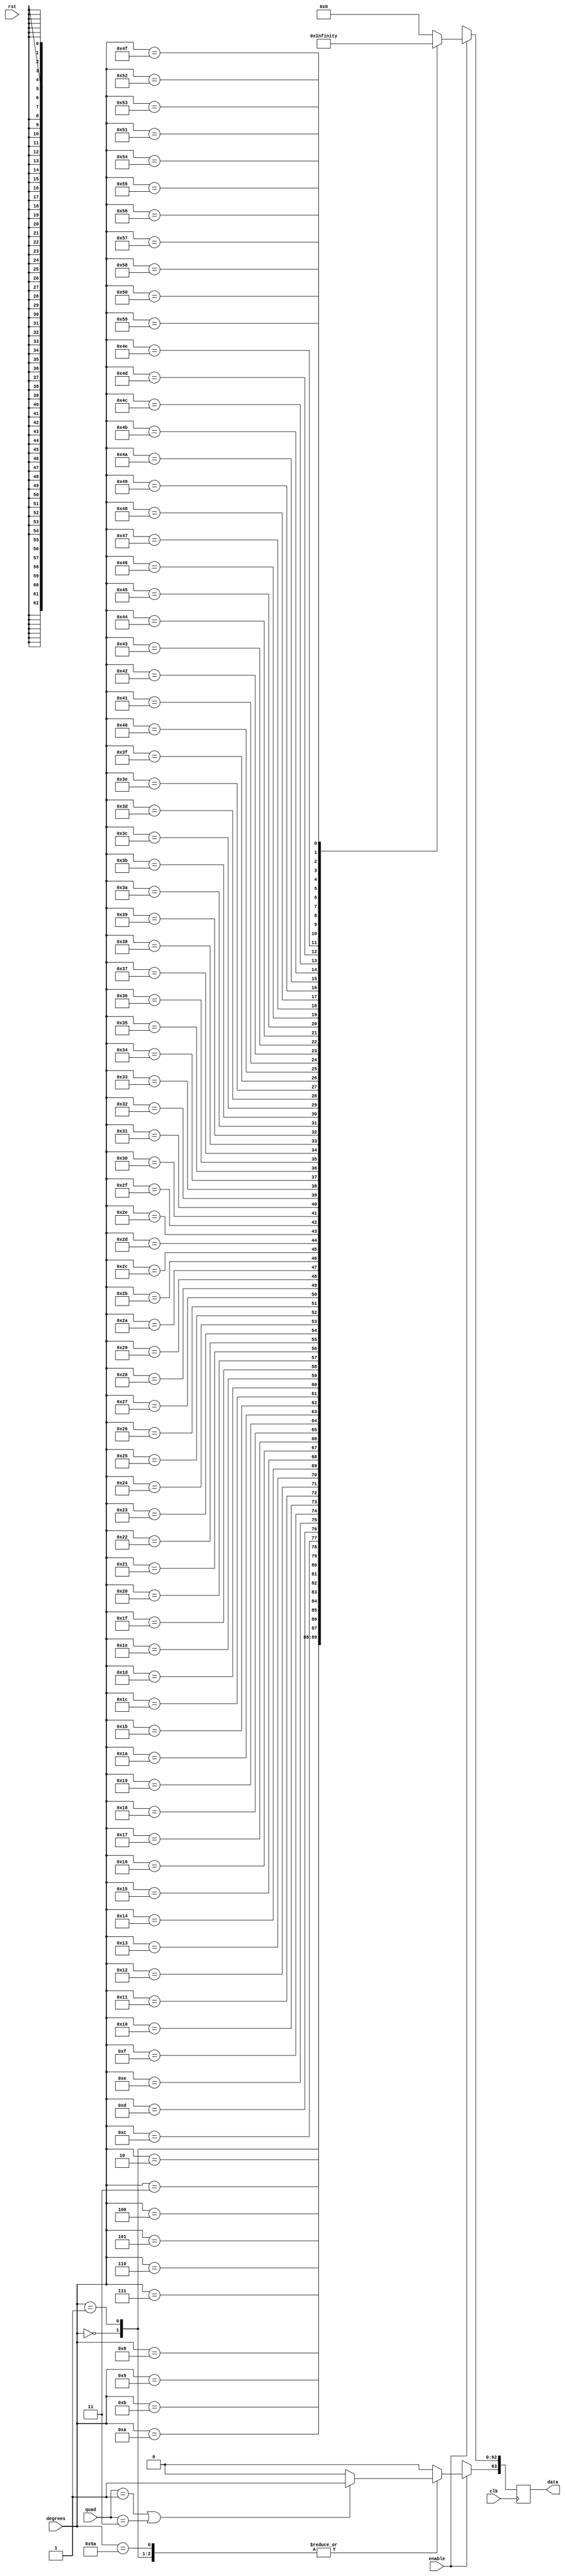
`define INPUT_WIDTH 32
`define INPUT_WIDTH 32
`define INPUT_WIDTH 32
`define INPUT_WIDTH 32
`define INPUT_WIDTH 32
`define INPUT_WIDTH 32
`define INPUT_WIDTH 32
`define INPUT_WIDTH 32

module cotangent_lut (quad, enable, degrees, data, rst, clk);

input [1:0] quad;
input enable;
input rst;
input [`INPUT_WIDTH-1:0] degrees ;
input clk;

//////////////inputs/////////////////

output reg [63:0] data;

//////////////output/////////////////

always@(posedge clk )

// needs to be positive in first and third quadrants

 begin
        if (quad == 2'b01 || quad == 2'b11)
        begin
        data[63] <= 1'b1;
        end

        else
        begin
        data[63] <= 1'b0;
        end
   

	
	if(enable)
	case (degrees)
	  
//look up table

`INPUT_WIDTH'd0  : data[62:0] <= 64'h7ff0000000000000;
`INPUT_WIDTH'd1  : data[62:0] <= 64'h404ca51d76749a71;
`INPUT_WIDTH'd2  : data[62:0] <= 64'h403ca2e17ec2185c;
`INPUT_WIDTH'd3  : data[62:0] <= 64'h403314c55fbc4c67;
`INPUT_WIDTH'd4  : data[62:0] <= 64'h402c99f0ed772d4c;
`INPUT_WIDTH'd5  : data[62:0] <= 64'h4026dc2fd0bfdbe2;
`INPUT_WIDTH'd6  : data[62:0] <= 64'h4023075ac71a38c7;
`INPUT_WIDTH'd7  : data[62:0] <= 64'h402049e7c666e3fe;
`INPUT_WIDTH'd8  : data[62:0] <= 64'h401c76237b025ae8;
`INPUT_WIDTH'd9  : data[62:0] <= 64'h4019414813ba662c;
`INPUT_WIDTH'd10 : data[62:0] <= 64'h4016af648056a136;
`INPUT_WIDTH'd11 : data[62:0] <= 64'h40149405f7cc644c;
`INPUT_WIDTH'd12 : data[62:0] <= 64'h4012d18a8e2ff28c;
`INPUT_WIDTH'd13 : data[62:0] <= 64'h4011536e695dda95;
`INPUT_WIDTH'd14 : data[62:0] <= 64'h40100b0a2833d3c4;
`INPUT_WIDTH'd15 : data[62:0] <= 64'h400ddb3d742c2656;
`INPUT_WIDTH'd16 : data[62:0] <= 64'h400be6398b3f2869;
`INPUT_WIDTH'd17 : data[62:0] <= 64'h400a2ab4c713671e;
`INPUT_WIDTH'd18 : data[62:0] <= 64'h40089f188bdcd7b0;
`INPUT_WIDTH'd19 : data[62:0] <= 64'h40073bd2e9a270e0;
`INPUT_WIDTH'd20 : data[62:0] <= 64'h4005fad570f872d9;
`INPUT_WIDTH'd21 : data[62:0] <= 64'h4004d738ef803784;
`INPUT_WIDTH'd22 : data[62:0] <= 64'h4003ccfa561175d6;
`INPUT_WIDTH'd23 : data[62:0] <= 64'h4002d8c9200b5686;
`INPUT_WIDTH'd24 : data[62:0] <= 64'h4001f7e220cc4172;
`INPUT_WIDTH'd25 : data[62:0] <= 64'h400127f33e8d12e5;
`INPUT_WIDTH'd26 : data[62:0] <= 64'h40006705b35391e8;
`INPUT_WIDTH'd27 : data[62:0] <= 64'h3fff66da45fee3f1;
`INPUT_WIDTH'd28 : data[62:0] <= 64'h3ffe1774a2562593;
`INPUT_WIDTH'd29 : data[62:0] <= 64'h3ffcdd612dd501f4;
`INPUT_WIDTH'd30 : data[62:0] <= 64'h3ffbb67ae8584cab;
`INPUT_WIDTH'd31 : data[62:0] <= 64'h3ffaa0e385c196ab;
`INPUT_WIDTH'd32 : data[62:0] <= 64'h3ff99af8610e4105;
`INPUT_WIDTH'd33 : data[62:0] <= 64'h3ff8a34971bd7010;
`INPUT_WIDTH'd34 : data[62:0] <= 64'h3ff7b891d9a169b4;
`INPUT_WIDTH'd35 : data[62:0] <= 64'h3ff6d9b1b96ce128;
`INPUT_WIDTH'd36 : data[62:0] <= 64'h3ff605a90c73ab79;
`INPUT_WIDTH'd37 : data[62:0] <= 64'h3ff53b9359d2f919;
`INPUT_WIDTH'd38 : data[62:0] <= 64'h3ff47aa413b0ee1e;
`INPUT_WIDTH'd39 : data[62:0] <= 64'h3ff3c2238553dcee;
`INPUT_WIDTH'd40 : data[62:0] <= 64'h3ff3116c3711527e;
`INPUT_WIDTH'd41 : data[62:0] <= 64'h3ff267e8b3f5da82;
`INPUT_WIDTH'd42 : data[62:0] <= 64'h3ff1c511a0db83e3;
`INPUT_WIDTH'd43 : data[62:0] <= 64'h3ff1286c17acf49b;
`INPUT_WIDTH'd44 : data[62:0] <= 64'h3ff091883bfbf42e;
`INPUT_WIDTH'd45 : data[62:0] <= 64'h3ff0000000000001;
`INPUT_WIDTH'd46 : data[62:0] <= 64'h3feee6ec253d2464;
`INPUT_WIDTH'd47 : data[62:0] <= 64'h3fedd729e0bf9cb6;
`INPUT_WIDTH'd48 : data[62:0] <= 64'h3fecd01c246e4060;
`INPUT_WIDTH'd49 : data[62:0] <= 64'h3febd1326bb88d13;
`INPUT_WIDTH'd50 : data[62:0] <= 64'h3fead9e7783fbf1e;
`INPUT_WIDTH'd51 : data[62:0] <= 64'h3fe9e9c0346ca839;
`INPUT_WIDTH'd52 : data[62:0] <= 64'h3fe9004ab6d5cc93;
`INPUT_WIDTH'd53 : data[62:0] <= 64'h3fe81d1d621eb711;
`INPUT_WIDTH'd54 : data[62:0] <= 64'h3fe73fd61d9df544;
`INPUT_WIDTH'd55 : data[62:0] <= 64'h3fe66819a3a0bf7b;
`INPUT_WIDTH'd56 : data[62:0] <= 64'h3fe59592e296c625;
`INPUT_WIDTH'd57 : data[62:0] <= 64'h3fe4c7f26ed1d60f;
`INPUT_WIDTH'd58 : data[62:0] <= 64'h3fe3feee02d72514;
`INPUT_WIDTH'd59 : data[62:0] <= 64'h3fe33a400c85af9f;
`INPUT_WIDTH'd60 : data[62:0] <= 64'h3fe279a74590331e;
`INPUT_WIDTH'd61 : data[62:0] <= 64'h3fe1bce655fbb9bf;
`INPUT_WIDTH'd62 : data[62:0] <= 64'h3fe103c37f7ebedc;
`INPUT_WIDTH'd63 : data[62:0] <= 64'h3fe04e0850c1dd5d;
`INPUT_WIDTH'd64 : data[62:0] <= 64'h3fdf3702bf455cf5;
`INPUT_WIDTH'd65 : data[62:0] <= 64'h3fddd7fc13699ab1;
`INPUT_WIDTH'd66 : data[62:0] <= 64'h3fdc7ea074a90a11;
`INPUT_WIDTH'd67 : data[62:0] <= 64'h3fdb2a986b66229e;
`INPUT_WIDTH'd68 : data[62:0] <= 64'h3fd9db90d0ac0d44;
`INPUT_WIDTH'd69 : data[62:0] <= 64'h3fd8913a75259d04;
`INPUT_WIDTH'd70 : data[62:0] <= 64'h3fd74b49cf3902d6;
`INPUT_WIDTH'd71 : data[62:0] <= 64'h3fd60976af8c1614;
`INPUT_WIDTH'd72 : data[62:0] <= 64'h3fd4cb7bfb4961b0;
`INPUT_WIDTH'd73 : data[62:0] <= 64'h3fd391176b8feb5b;
`INPUT_WIDTH'd74 : data[62:0] <= 64'h3fd25a0951873b22;
`INPUT_WIDTH'd75 : data[62:0] <= 64'h3fd126145e9ecd56;
`INPUT_WIDTH'd76 : data[62:0] <= 64'h3fcfe9fae1181f52;
`INPUT_WIDTH'd77 : data[62:0] <= 64'h3fcd8d16c1491599;
`INPUT_WIDTH'd78 : data[62:0] <= 64'h3fcb350dac762348;
`INPUT_WIDTH'd79 : data[62:0] <= 64'h3fc8e174375dceba;
`INPUT_WIDTH'd80 : data[62:0] <= 64'h3fc691e1ebc5cbbf;
`INPUT_WIDTH'd81 : data[62:0] <= 64'h3fc445f0fbb1cf93;
`INPUT_WIDTH'd82 : data[62:0] <= 64'h3fc1fd3df8664fe6;
`INPUT_WIDTH'd83 : data[62:0] <= 64'h3fbf6ecf19881d32;
`INPUT_WIDTH'd84 : data[62:0] <= 64'h3fbae81c75231d96;
`INPUT_WIDTH'd85 : data[62:0] <= 64'h3fb665a8349d55ee;
`INPUT_WIDTH'd86 : data[62:0] <= 64'h3fb1e6b93a6931ff;
`INPUT_WIDTH'd87 : data[62:0] <= 64'h3faad53144273e86;
`INPUT_WIDTH'd88 : data[62:0] <= 64'h3fa1e12295d61fd2;
`INPUT_WIDTH'd89 : data[62:0] <= 64'h3f91dfbd9410a43b;
`INPUT_WIDTH'd90 : data[62:0] <= 64'h0000000000000000;


default:data <= 64'h0;

endcase

else 
  data <= 64'hxxxxxxxxxxxxxxx;



end


endmodule